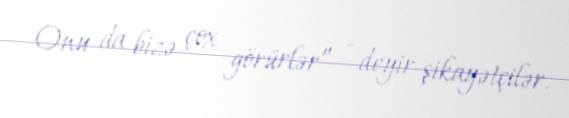
Onu da bizə çox görürlər” - deyir şikayətçilər.